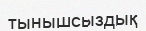
тынышсыздық